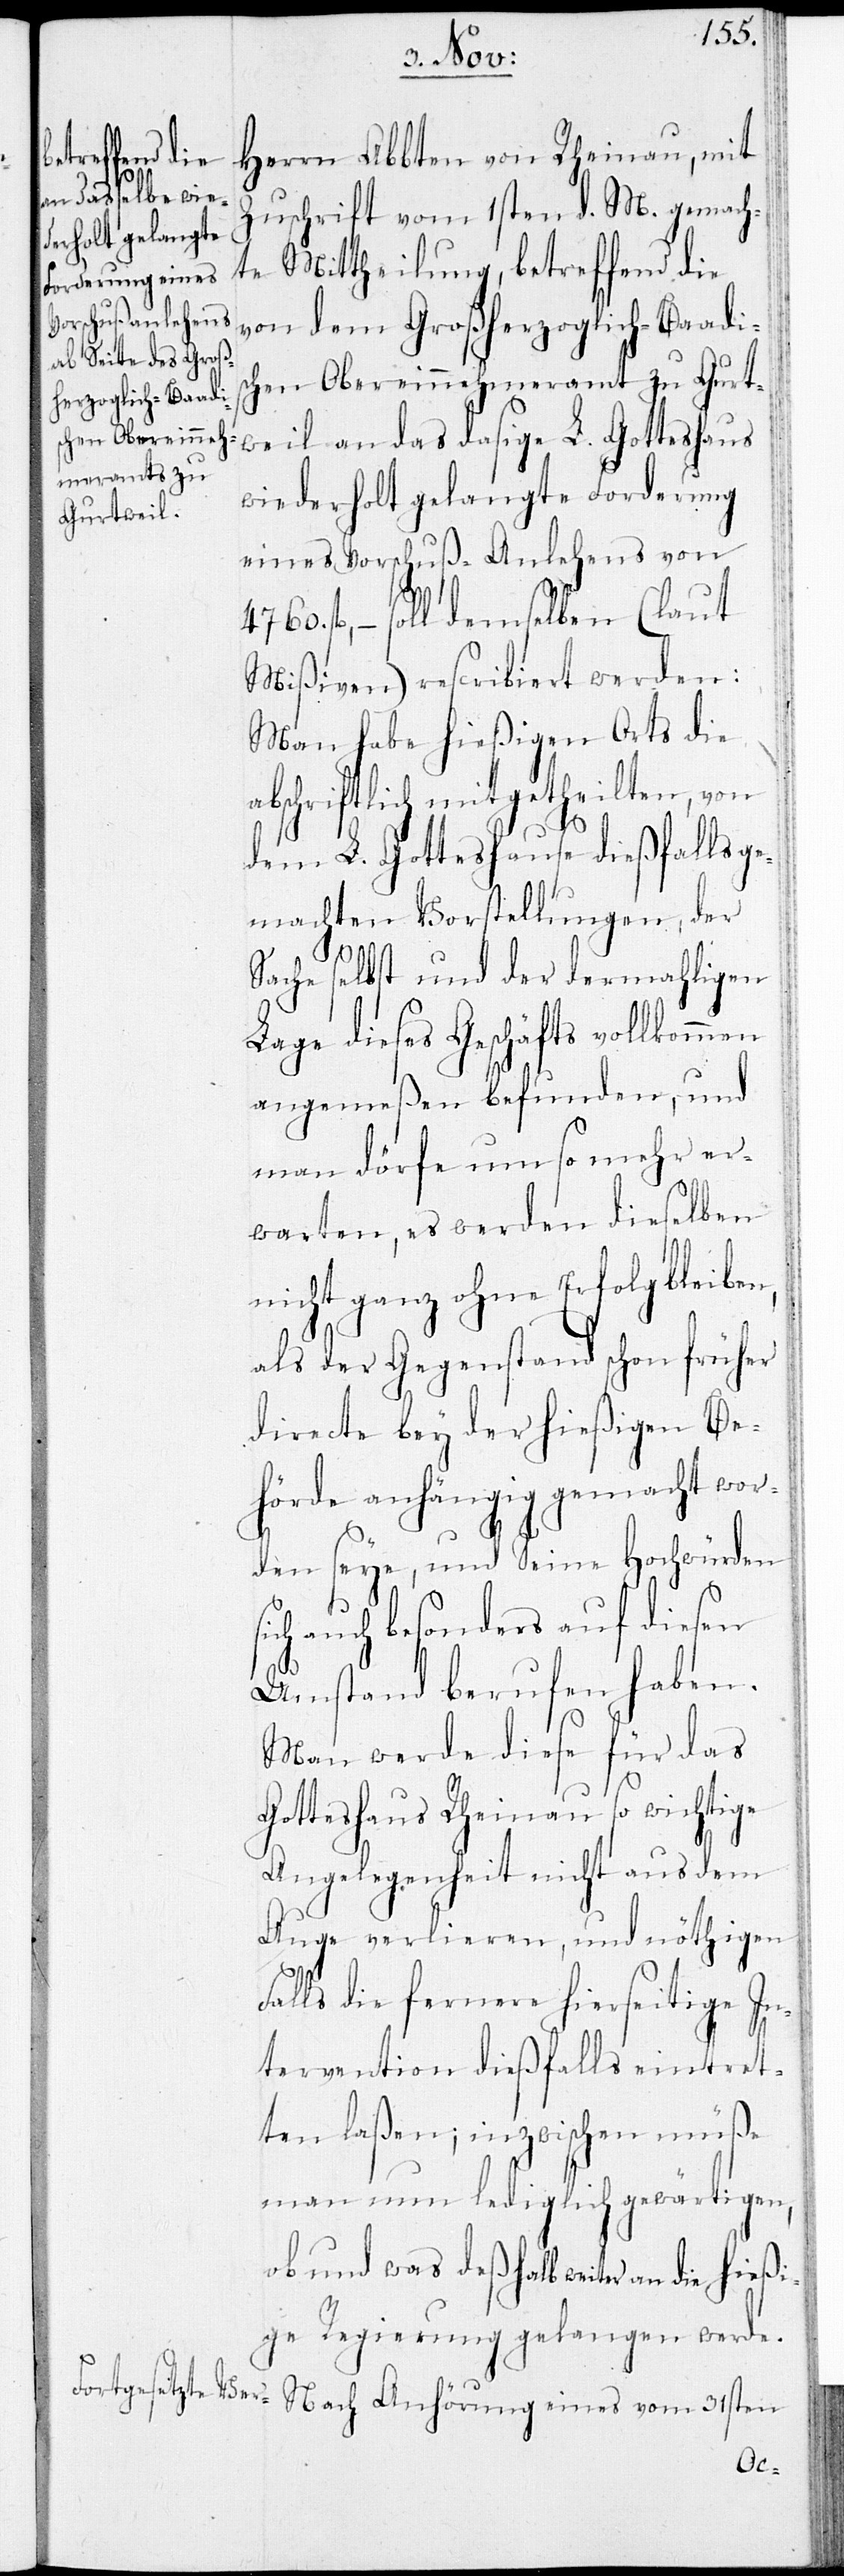
Herrn Abbten von Rheinau, mit
Zuschrift vom 1sten d. M. gemach¬
te Mittheilung, betreffend die
von dem Großherzoglich-Baadis¬
chen Obereinnehmeramt zu Gurt¬
weil an das dasige L. Gotteshaus
wiederholt gelangte Forderung
eines Vorschuß-Anlehens von
fl., – soll demselben (laut
Mißiven) rescribiert werden:
Man habe hießigen Orts die
abschriftlich mitgetheilten, von
dem L. Gotteshause dießfalls ge¬
machten Vorstellungen, der
Sache selbst und der dermahligen
Lage dieses Geschäfts vollkommen
angemeßen befunden, und
man dörfe umso mehr er¬
warten, es werden dieselben
s¬
nicht ganz ohne Erfolg bleiben,
als der Gegenstand schon früher
directe bey der hießigen Be¬
hörde anhängig gemacht wor¬
den seye, und Seine Hochwürden
ich auch besonders auf diesen
Umstand berufen haben.
Man werde diese für das
Gotteshaus Rheinau so wichtige
Angelegenheit nicht aus dem
Auge verlieren, und nöthigen
Falls die fernere hierseitige In¬
tervention dießfalls eintret¬
ten laßen; inzwischen müße
man nun lediglich gewärtigen,
ob und was deshalb weiter an die hießi¬
ge Regierung gelangen werde.
Nach Anhörung eines vom 31sten